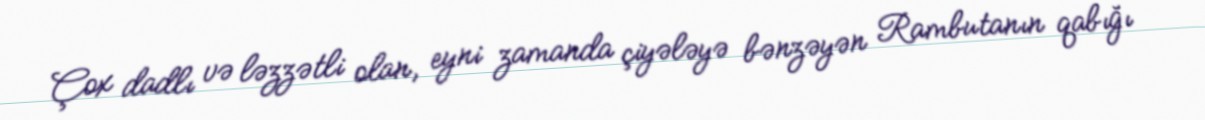
Çox dadlı və ləzzətli olan, eyni zamanda çiyələyə bənzəyən Rambutanın qabığı